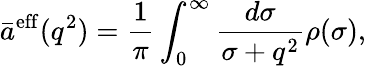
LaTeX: \bar{a}^{\mathrm{eff}}(q^{2})={\frac{1}{\pi}}\int_{0}^{\infty}{\frac{d\sigma}{\sigma+q^{2}}}\rho(\sigma),